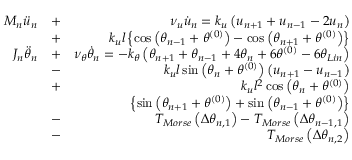
\begin{array} { r l r } { { { M } _ { n } } { { \ddot { u } } _ { n } } } & { + } & { \nu _ { u } \dot { u } _ { n } = { { k } _ { u } } \left( { { u } _ { n + 1 } } + { { u } _ { n - 1 } } - 2 { { u } _ { n } } \right) } \\ & { + } & { { { k } _ { u } } l \left\{ \cos \left( { { \theta } _ { n - 1 } } + { { \theta } ^ { ( 0 ) } } \right) - \cos \left( { { \theta } _ { n + 1 } } + { { \theta } ^ { ( 0 ) } } \right) \right\} } \\ { { { J } _ { n } } { { \ddot { \theta } } _ { n } } } & { + } & { \nu _ { \theta } \dot { \theta } _ { n } = - { { k } _ { \theta } } \left( { { \theta } _ { n + 1 } } + { { \theta } _ { n - 1 } } + 4 { { \theta } _ { n } } + 6 { { \theta } ^ { ( 0 ) } } - 6 \theta _ { L i n } \right) } \\ & { - } & { { { k } _ { u } } l \sin \left( { { \theta } _ { n } } + { { \theta } ^ { ( 0 ) } } \right) \left( { { u } _ { n + 1 } } - { { u } _ { n - 1 } } \right) } \\ & { + } & { { { k } _ { u } } { { l } ^ { 2 } } \cos \left( { { \theta } _ { n } } + { { \theta } ^ { ( 0 ) } } \right) } \\ & { } & { \left\{ \sin \left( { { \theta } _ { n + 1 } } + { { \theta } ^ { ( 0 ) } } \right) + \sin \left( { { \theta } _ { n - 1 } } + { { \theta } ^ { ( 0 ) } } \right) \right\} } \\ & { - } & { { { T } _ { M o r s e } } \left( \Delta { { \theta } _ { n , 1 } } \right) - { { T } _ { M o r s e } } \left( \Delta { { \theta } _ { n - 1 , 1 } } \right) } \\ & { - } & { { { T } _ { M o r s e } } \left( \Delta { { \theta } _ { n , 2 } } \right) } \end{array}